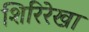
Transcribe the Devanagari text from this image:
शिरिरेखा